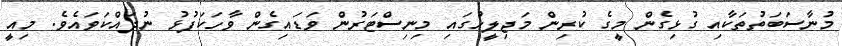
މުނާސަބަތުތަކާއި ގުޅިގެން މީގެ ކުރިން މަޖިލީހުގައި މިނިސްޓަރުން ވަޑައިގެން ވާހަކަފުޅު ނުދައްކަވައެވެ. މިއީ